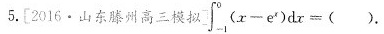
5.[2016·山东滕州高三模拟]\int_{-1}^{0} （x-e^2）dx=( ).